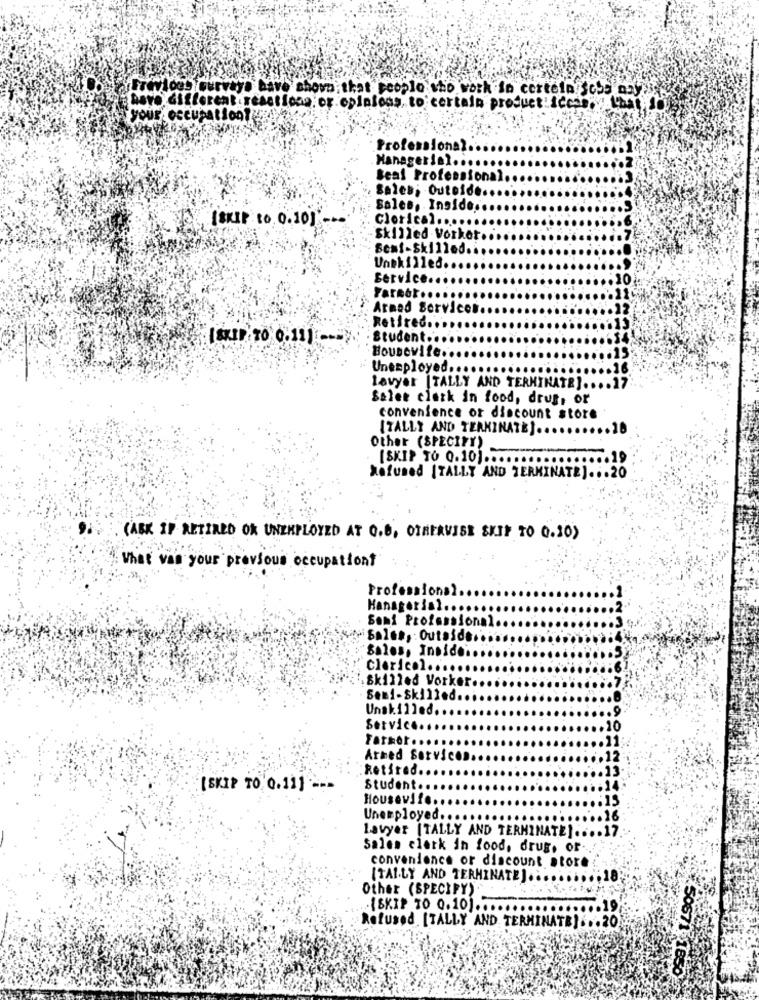
Frevlogs survay. have shown;that people who work in certein $o55 ory
have different reactions or opinions, to certain product iccpo Lux
Professional
Managerial ......
Beal Professional.
Sales; Outeide.
: Sales, Inside.
Clorical
[SKIP to 0.101 -
skilled Vorket.
:Senf-Skilled ..
Unskilled ..
Service.
10
Armed Services ..
Retired ..
Student
Housewife.
Unemployed
lavyer [TALLY AND TERMINATE] ....
Seler clark in food, drug, or
convenience or discount store
[TALLY AND TERMINATE] ..
Other (SPECIFY)
[SKIP TO 0.10) ...
Refused [TALLY AND TERMINATE] ... 20
(ABK IP RETIRED OK UNEMPLOYED AT C.E, OTHERWISE SKIP TO 0.10)
What was your previous occupation?
Professional
Hansgerist ...
Soni Professional
Sales, : Outside.
Sales, Insides
Clerical.
Skilled Vorker
Sem1-Skilled ..
Unskilled.
Service
10
Farmor ..
Atmed Services.
Retired.
[SKIP TO 0.11] ---
Student ..
Housewife ..
Unemployed ...
Lawyer [TALLY AND TERMINATE] ...
Sales clerk in food, drug, or
convenience or discount store
[TALLY AND TERMINATE) ..........
Other (SPECIFY).
(SKIP TO 0.10] ...
Refused [TALLY AND TERMINATE] ... 20
50671